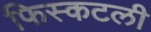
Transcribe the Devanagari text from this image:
फिस्कटली